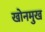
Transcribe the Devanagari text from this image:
खोनमुख